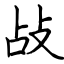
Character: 敁